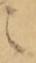
之